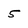
Character: 5